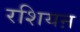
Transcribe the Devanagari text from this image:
रशियऩ